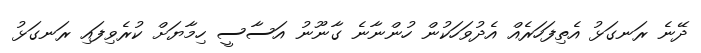
ދޭނެ ރަނގަޅު އެތިފަހަރެއް އެދުވަހަކުން ހުންނާނެ ގާނޫނު އަސާސީ ހިމާޔަށް ކުރެވިފައި ރަނގަޅު